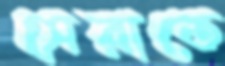
সেরাতে